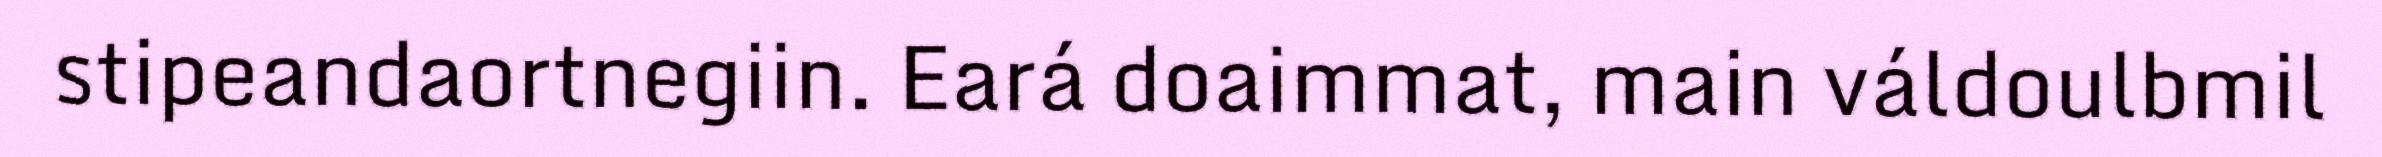
stipeandaortnegiin. Eará doaimmat, main váldoulbmil